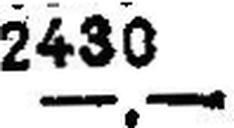
—.—